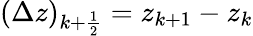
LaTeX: (\Delta z)_{k+\frac{1}{2}}=z_{k+1}-z_{k}